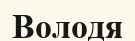
Володя